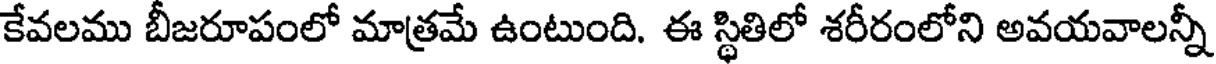
కేవలము బీజరూపంలో మాత్రమే ఉంటుంది. ఈ స్థితిలో శరీరంలోని అవయవాలన్నీ